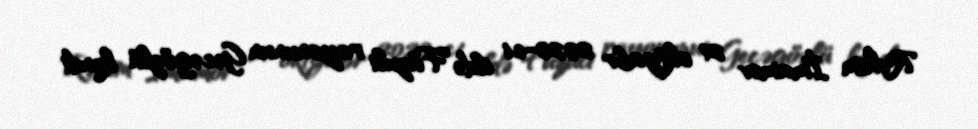
Rəhim İmamov 21 oktyabr 2020-ci ildə Füzuli rayonunun Gecəgözlü kəndi